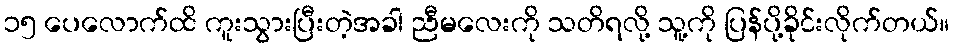
၁၅ ပေလောက်ထိ ကူးသွားပြီးတဲ့အခါ ညီမလေးကို သတိရလို့ သူ့ကို ပြန်ပို့ခိုင်းလိုက်တယ်။